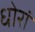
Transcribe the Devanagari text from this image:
धोरां